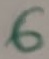
Text: 6